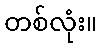
တစ်လုံး။